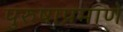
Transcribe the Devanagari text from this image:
पुरुषाप्रमाणे